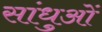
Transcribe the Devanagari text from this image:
सांधुओं